Annual report of the Punjab Veterinary College and of the Civil Veterinary Department, Punjab - 1926-1932
Year: 1926
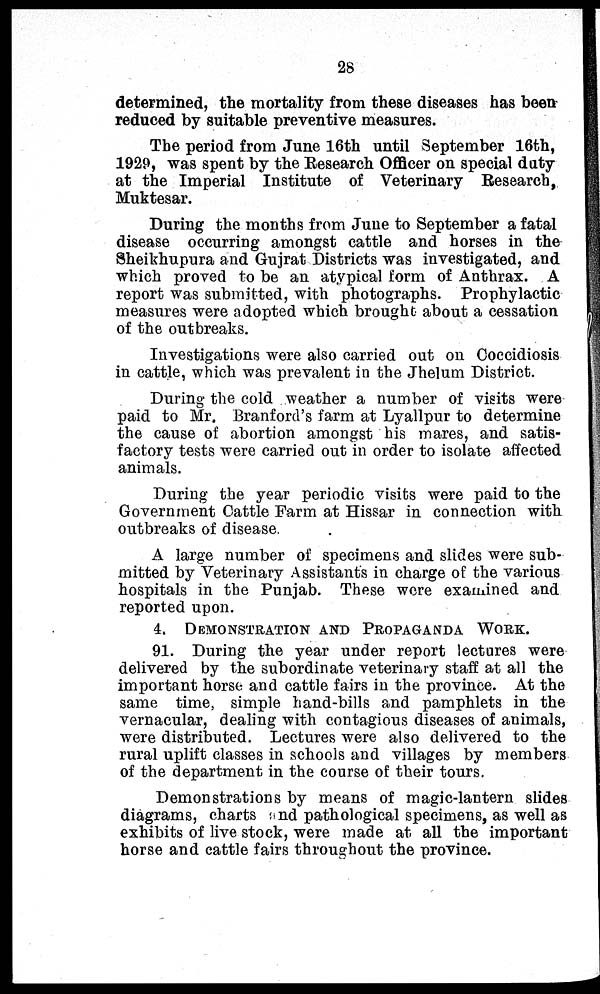
28
determined, the mortality from these diseases has been
reduced by suitable preventive measures.
The period from June 16th until September 16th,
1929, was spent by the Research Officer on special duty
at the Imperial Institute of Veterinary Research,
Muktesar.
During the months from June to September a fatal
disease occurring amongst cattle and horses in the
Sheikhupura and Gujrat Districts was investigated, and
which proved to be an atypical form of Anthrax. A
report was submitted, with photographs. Prophylactic
measures were adopted which brought about a cessation
of the outbreaks.
Investigations were also carried out on Coccidiosis
in cattle, which was prevalent in the Jhelum District.
During the cold weather a number of visits were
paid to Mr. Branford's farm at Lyallpur to determine
the cause of abortion amongst his mares, and satis-
factory tests were carried out in order to isolate affected
animals.
During the year periodic visits were paid to the
Government Cattle Farm at Hissar in connection with
outbreaks of disease.
A large number of specimens and slides were sub-
mitted by Veterinary Assistants in charge of the various
hospitals in the Punjab. These were examined and
reported upon.
4. DEMONSTRATION AND PROPAGANDA WORK .
91. During the year under report lectures were
delivered by the subordinate veterinary staff at all the
important horse and cattle fairs in the province. At the
same time, simple hand-bills and pamphlets in the
vernacular, dealing with contagious diseases of animals,
were distributed. Lectures were also delivered to the
rural uplift classes in schools and villages by members
of the department in the course of their tours.
Demonstrations by means of magic-lantern slides
diagrams, charts and pathological specimens, as well as
exhibits of live stock, were made at all the important
horse and cattle fairs throughout the province.